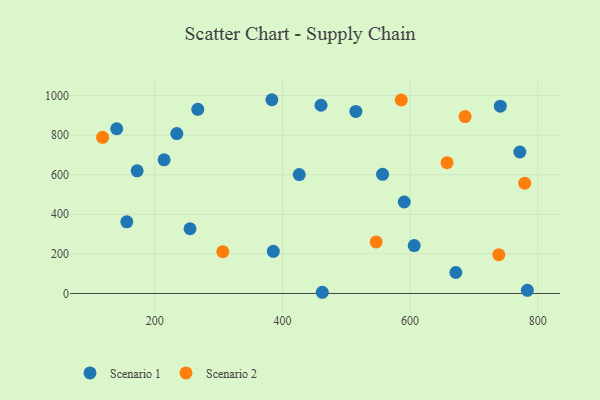
{"axis": {"x": "Ad Spend", "y": "Fuel Efficiency"}, "legend": ["Scenario 1", "Scenario 2"], "data": [{"x": "140.4", "y": 832.2, "type": "Scenario 1"}, {"x": "671.6", "y": 106.1, "type": "Scenario 1"}, {"x": "515.0", "y": 919.7, "type": "Scenario 1"}, {"x": "556.8", "y": 601.8, "type": "Scenario 1"}, {"x": "172.4", "y": 619.5, "type": "Scenario 1"}, {"x": "426.3", "y": 600.8, "type": "Scenario 1"}, {"x": "214.6", "y": 674.9, "type": "Scenario 1"}, {"x": "385.7", "y": 212.7, "type": "Scenario 1"}, {"x": "255.2", "y": 327.0, "type": "Scenario 1"}, {"x": "156.2", "y": 361.8, "type": "Scenario 1"}, {"x": "460.4", "y": 950.9, "type": "Scenario 1"}, {"x": "234.5", "y": 807.8, "type": "Scenario 1"}, {"x": "741.3", "y": 946.3, "type": "Scenario 1"}, {"x": "783.7", "y": 15.7, "type": "Scenario 1"}, {"x": "590.8", "y": 462.2, "type": "Scenario 1"}, {"x": "606.4", "y": 242.0, "type": "Scenario 1"}, {"x": "462.4", "y": 6.1, "type": "Scenario 1"}, {"x": "771.9", "y": 714.6, "type": "Scenario 1"}, {"x": "383.4", "y": 978.7, "type": "Scenario 1"}, {"x": "267.4", "y": 930.0, "type": "Scenario 1"}, {"x": "738.9", "y": 196.0, "type": "Scenario 2"}, {"x": "546.8", "y": 260.5, "type": "Scenario 2"}, {"x": "586.1", "y": 977.3, "type": "Scenario 2"}, {"x": "657.9", "y": 660.8, "type": "Scenario 2"}, {"x": "306.6", "y": 211.3, "type": "Scenario 2"}, {"x": "779.5", "y": 557.1, "type": "Scenario 2"}, {"x": "686.1", "y": 893.6, "type": "Scenario 2"}, {"x": "118.3", "y": 788.6, "type": "Scenario 2"}]}